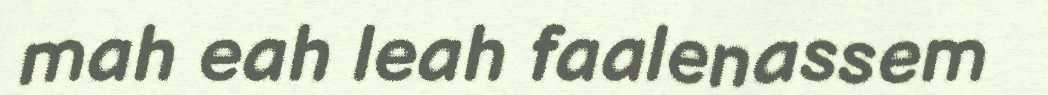
mah eah leah faalenassem